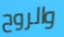
والروح